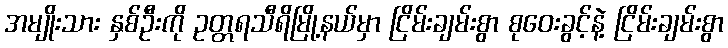
အမျိုးသား နှစ်ဦးကို ဥတ္တရသီရိမြို့နယ်မှာ ငြိမ်းချမ်းစွာ စုဝေးခွင့်နဲ့ ငြိမ်းချမ်းစွာ